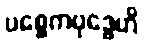
ပစ္စေကဗုဒ္ဓေဟိ